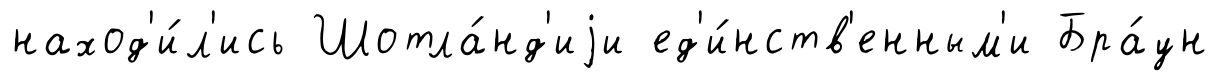
наход'и́л'ись Шотла́нд'иjи ед'и́нств'енным'и Бра́ун